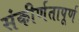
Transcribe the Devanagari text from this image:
संकीर्णतापूर्ण